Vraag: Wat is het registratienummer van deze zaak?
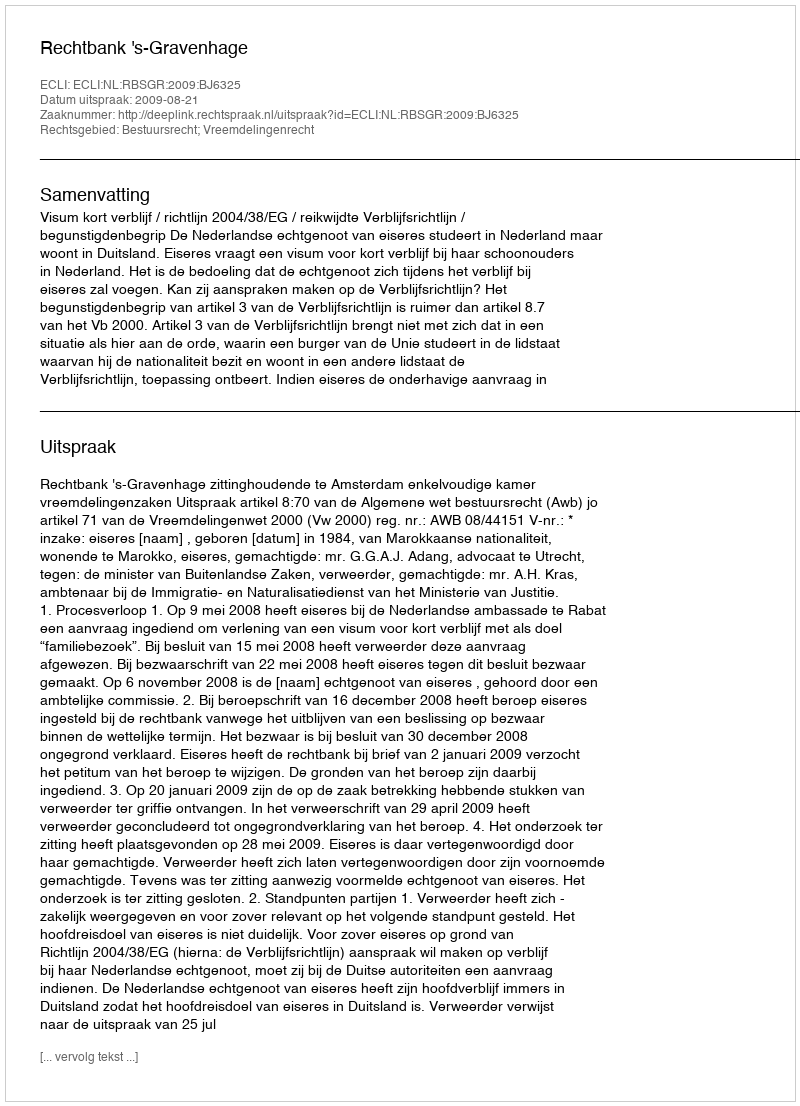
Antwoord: http://deeplink.rechtspraak.nl/uitspraak?id=ECLI:NL:RBSGR:2009:BJ6325